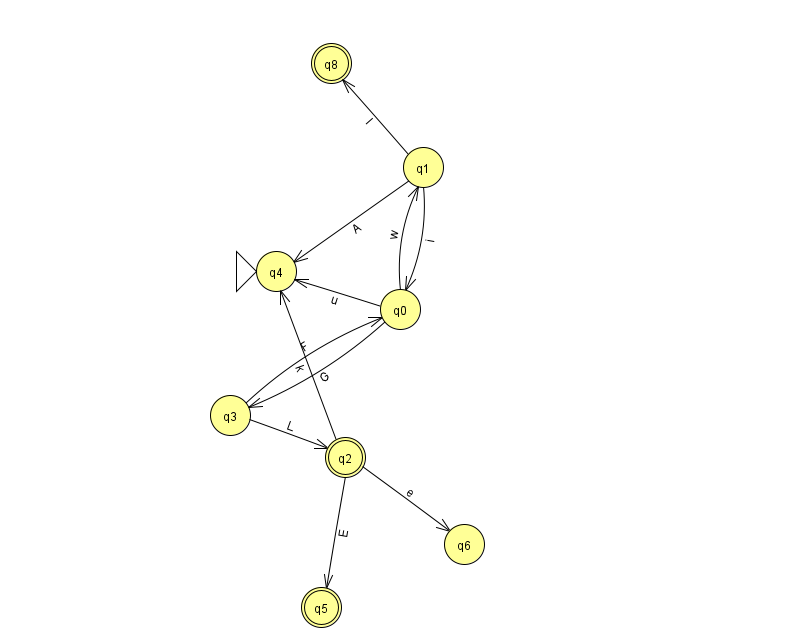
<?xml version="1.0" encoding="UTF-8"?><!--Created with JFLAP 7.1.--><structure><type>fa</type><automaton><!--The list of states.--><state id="0" name="q0"><x>400.0</x><y>296.0</y></state><state id="1" name="q1"><x>423.0</x><y>154.0</y></state><state id="2" name="q2"><x>345.0</x><y>444.0</y><final/></state><state id="3" name="q3"><x>230.0</x><y>402.0</y></state><state id="4" name="q4"><x>276.0</x><y>258.0</y><initial/></state><state id="5" name="q5"><x>321.0</x><y>594.0</y><final/></state><state id="6" name="q6"><x>464.0</x><y>531.0</y></state><state id="8" name="q8"><x>331.0</x><y>50.0</y><final/></state><!--The list of transitions.--><transition><from>2</from><to>6</to><read>e</read></transition><transition><from>0</from><to>3</to><read>G</read></transition><transition><from>3</from><to>0</to><read>F</read></transition><transition><from>2</from><to>5</to><read>E</read></transition><transition><from>0</from><to>4</to><read>u</read></transition><transition><from>1</from><to>0</to><read>i</read></transition><transition><from>0</from><to>1</to><read>w</read></transition><transition><from>2</from><to>4</to><read>k</read></transition><transition><from>3</from><to>2</to><read>L</read></transition><transition><from>1</from><to>4</to><read>A</read></transition><transition><from>1</from><to>8</to><read>I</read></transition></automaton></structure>